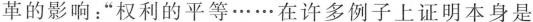
革的影响：”权利的平等…在许多例子上证明本身是